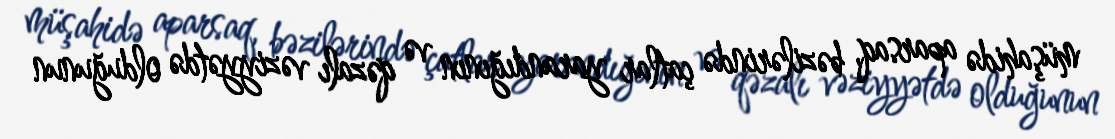
müşahidə aparsaq, bəzilərində çatlar yarandığının və qəzalı vəziyyətdə olduğunun